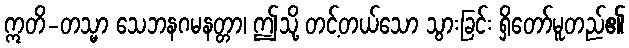
ဣတိ-တသ္မာ သေဘနဂမနတ္တာ၊ ဤသို့ တင့်တယ်သော သွားခြင်း ရှိတော်မူတည်၏